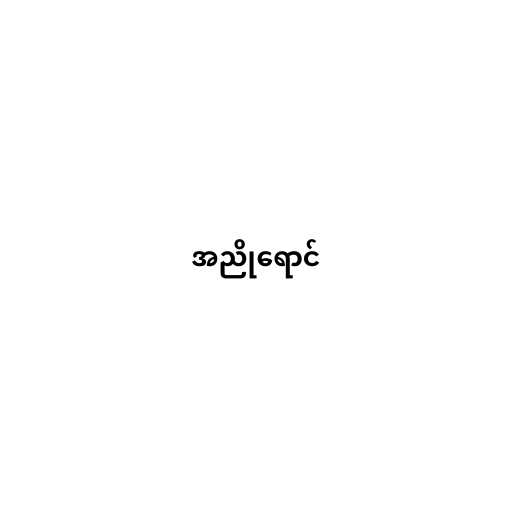
အညိုရောင်